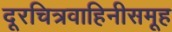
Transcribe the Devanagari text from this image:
दूरचित्रवाहिनीसमूह